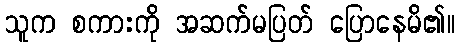
သူက စကားကို အဆက်မပြတ် ပြောနေမိ၏။